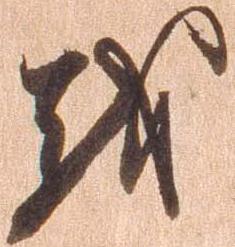
越